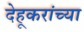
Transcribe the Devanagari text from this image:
देहूकरांच्या